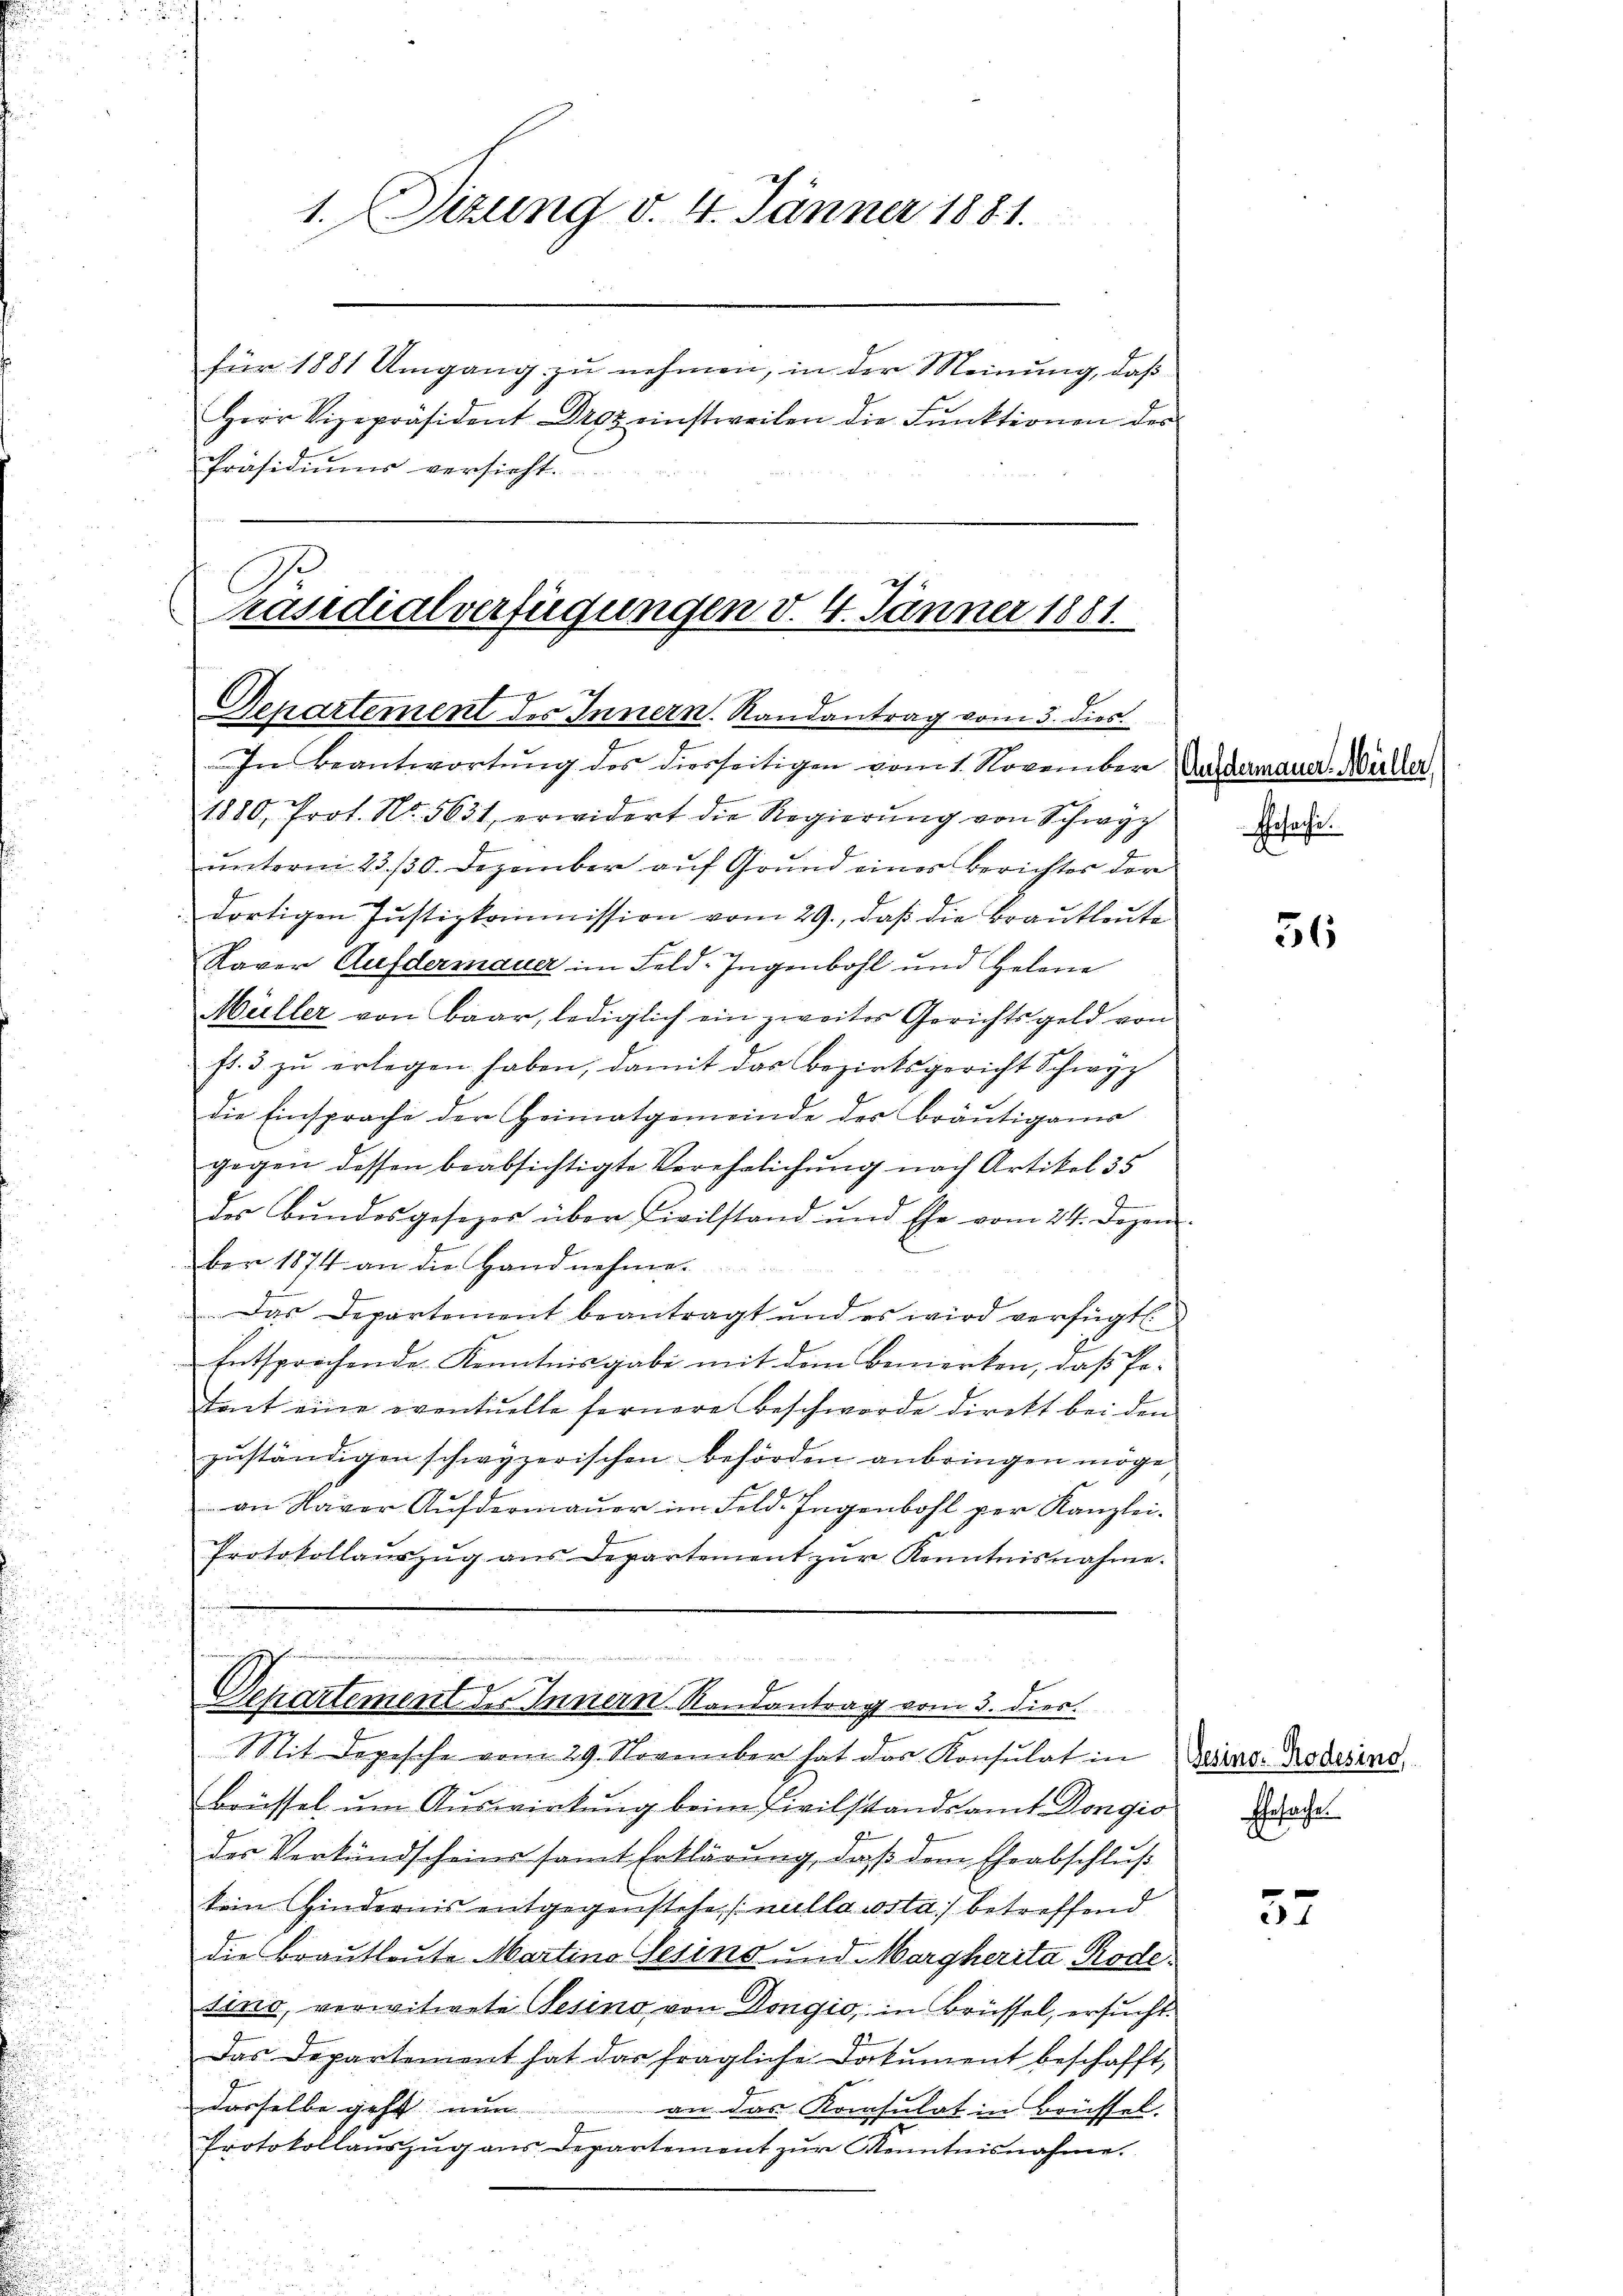
1. Sizung v. 4. Jänner 1881.
für 1881 Umgang zu nehmen, in der Meinung, daß
Herr Vizepräsident Droz einstweilen die Fŭnktionen des
Präsidiums versicht.

räsidialverfügungen d. 4. Jänner 1881.
Genartement des Innern. Randantrag vom 3. dies
In Beantwortung des diesseitigen vom 1. November Dadermauer, Müller.

Departement der Innern. Randantrag vom 3. dies.

1880, Prot. No. 5631, erwidert die Regierŭng von Schwyz
unterm 23. 130. Dezember auf Grund eines Berichter der
dortigen Justizkommission vom 29., daß die Brautleute
Kaver Aufdermauer im Feld-Jugenbohl und Helene
Müller von Baar, lediglich ein zweites Gerichtsgeld von
fl. 3 zu erlegen haben, damit das Bezirksgericht Schwyz
die Einsprache der Heimatgemeinde der Bräutigams
gegen dessen beabsichtigte Verehelichung nach Artikel 35
des Bŭndesgesezes über Civilstand und Ehe vom 24. Dezem-
ber 1874 an die Handnehme.
Das Departement beantragt und es wird verfügt
Entsprochende Kenntnisgabe mit dem Bemerken, daß Petait eine eventuelle fernere Beschwerde direkt bei den
zŭständigen schwyzerischen Behörden anbringen möge.
an Naver Aŭfdermaṅer im Feld. Ingenbohl per Kanzlei-
Protokollaŭszŭg ans Departement zŭr Kenntnisnahme.

Mit dopische vom 29. November hat das Konsulat in Deine Todesens
Brüssel um Auswirkung beim Civilstandsamt Dongio
des Verkündscheins samt Erklärung, daß dem Eheabschluß
tein Hindernis entgegenstehe, nulla costa) betreffend
die Brautleute Martino Gesino und Morgherita, Rodesino, verwitwete Gesino von Dongio, in Brüssel, ersucht
Das Departement hat das fragliche Dokument beschafft,
dasselbe geht nun an das Konsulat in Brüssel.
Protokollaŭszŭg ans Departement zŭr Kenntnisnahme.

Ehrsache.

Ehesache

36

57